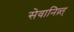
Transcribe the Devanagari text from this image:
सेवानिव्र्त्